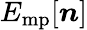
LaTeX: E_{\mathrm{mp}}[\boldsymbol{n}]